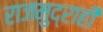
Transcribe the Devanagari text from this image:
राजमुद्राही